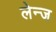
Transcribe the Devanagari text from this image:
लेन्ज